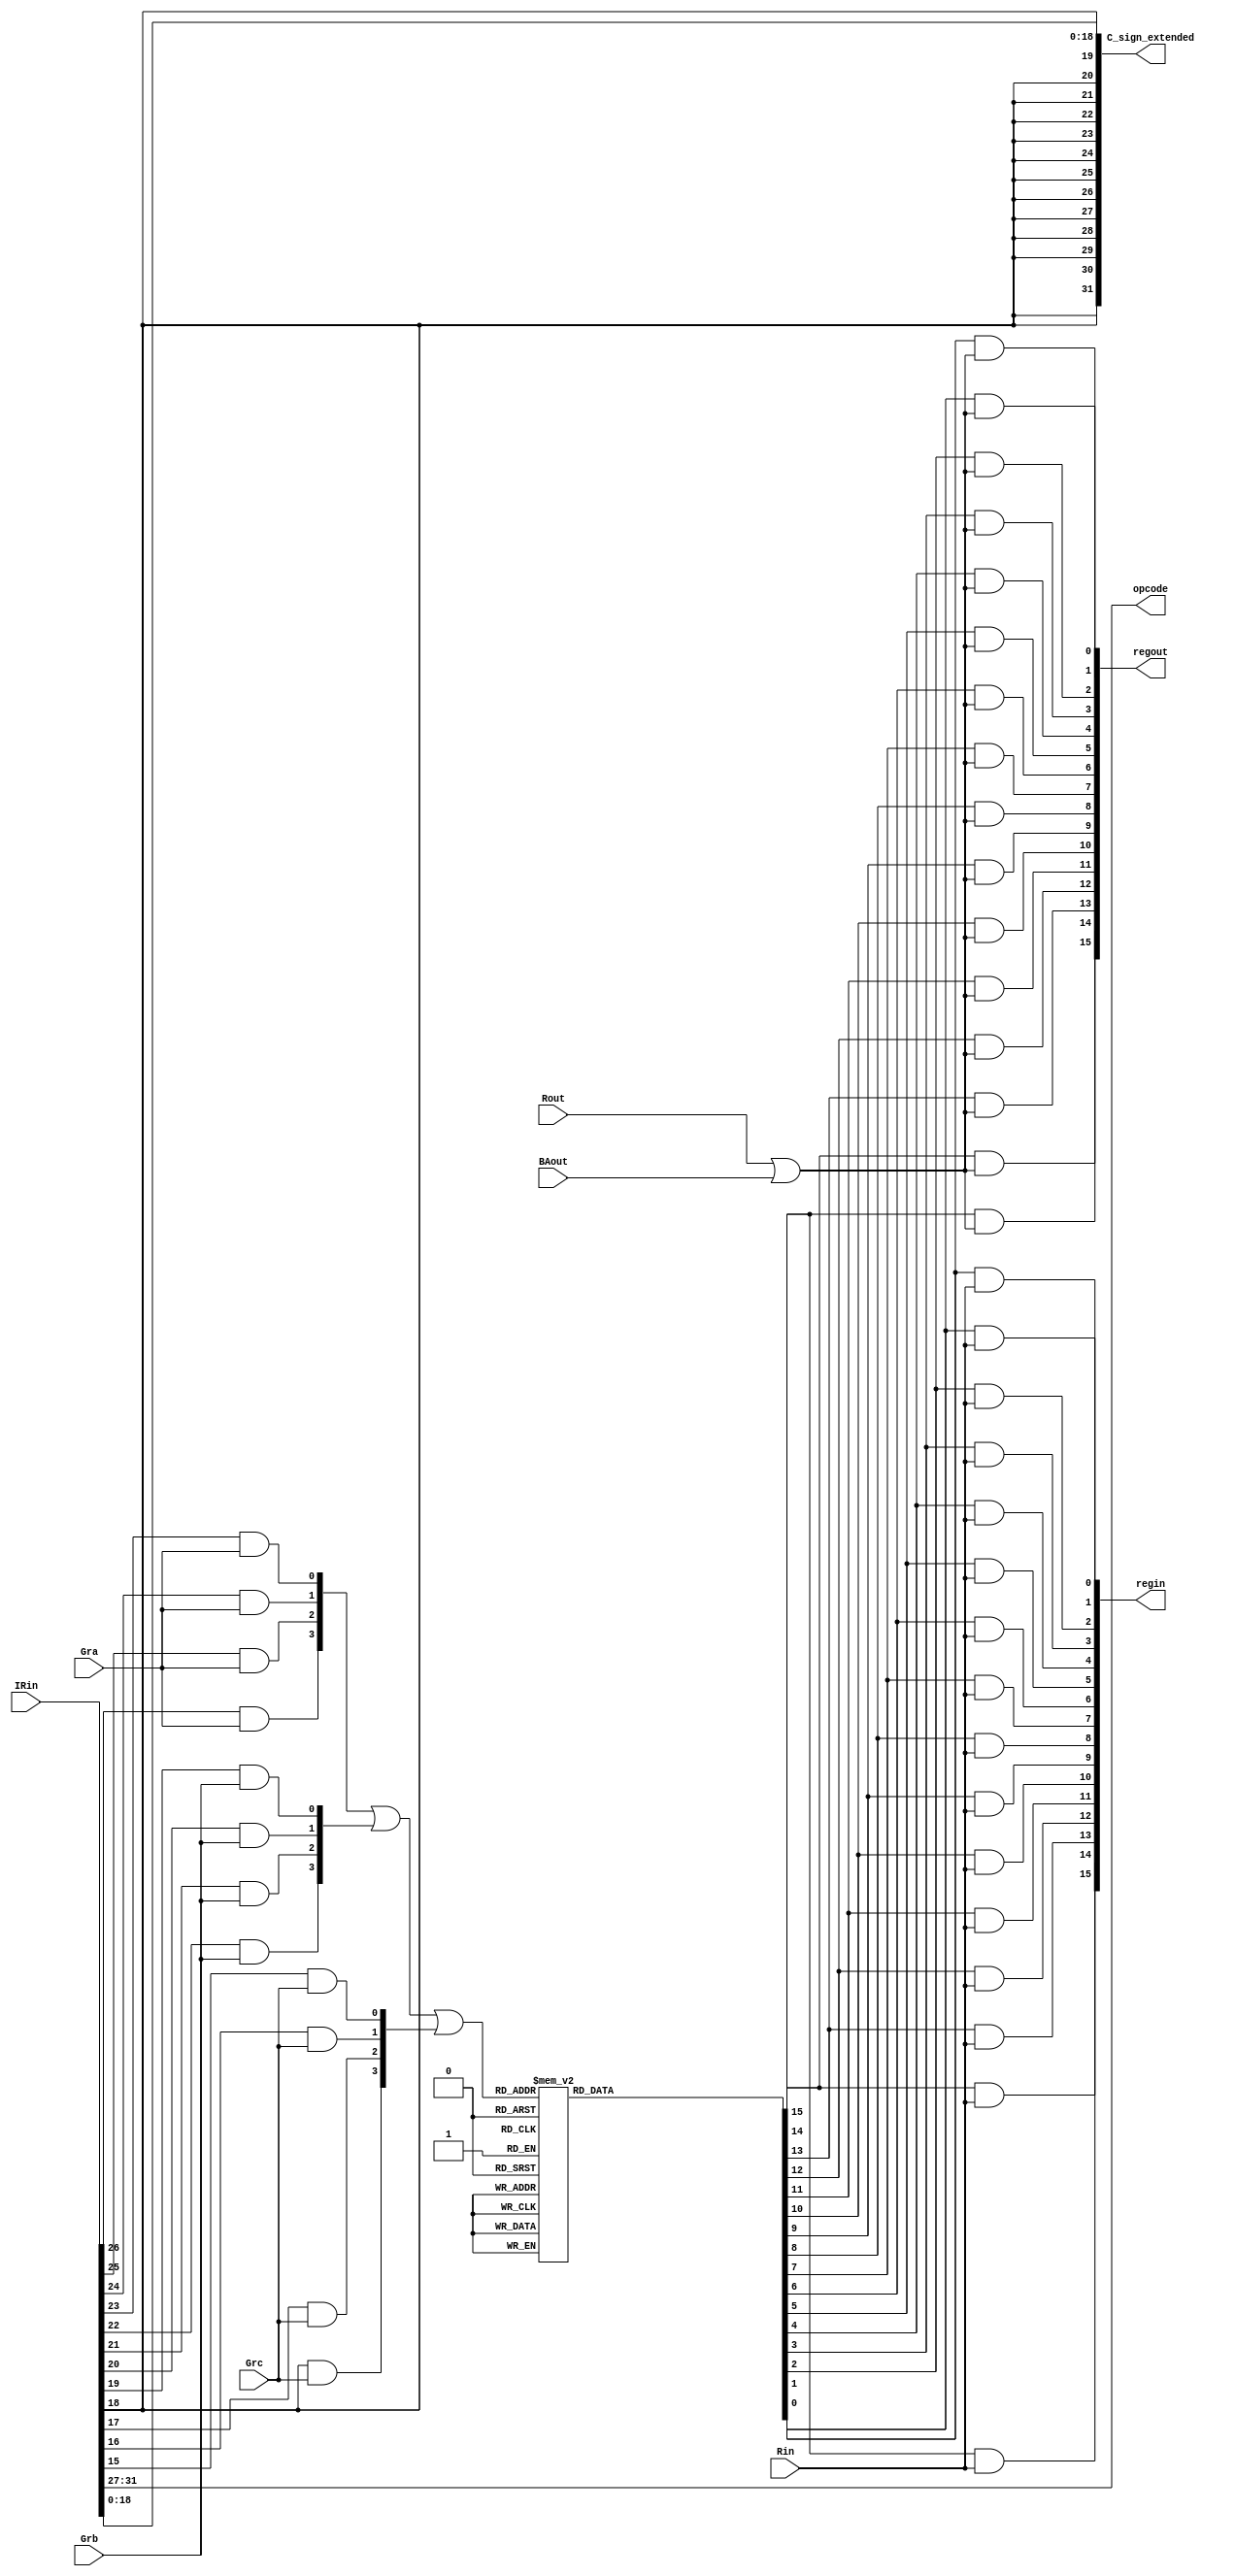
module select_and_encode(
 input [31:0] IRin,		//instruction
 input Gra, Grb, Grc, Rin, Rout, BAout, 
 output [4:0] opcode,
 output [15:0] regin, regout,
 output [31:0] C_sign_extended
 );
 
 wire [3:0] a, b, c, out0;
 reg[16:0] out;
 
 assign a[3] = IRin[26] & Gra;
 assign a[2] = IRin[25] & Gra;
 assign a[1] = IRin[24] & Gra;
 assign a[0] = IRin[23] & Gra;

 assign b[3] = IRin[22] & Grb;
 assign b[2] = IRin[21] & Grb;
 assign b[1] = IRin[20] & Grb;
 assign b[0] = IRin[19] & Grb;
 
 assign c[3] = IRin[18] & Grc;
 assign c[2] = IRin[17] & Grc;
 assign c[1] = IRin[16] & Grc;
 assign c[0] = IRin[15] & Grc;
 
 assign out0 = a | b | c;
 
 always @ (*)
 begin
  case(out0)
	4'b0000 :  out = 16'b0000000000000001;
	4'b0001 :  out = 16'b0000000000000010;
	4'b0010 :  out = 16'b0000000000000100; 
	4'b0011 :  out = 16'b0000000000001000;
	4'b0100 :  out = 16'b0000000000010000;
	4'b0101 :  out = 16'b0000000000100000;
	4'b0110 :  out = 16'b0000000001000000;
	4'b0111 :  out = 16'b0000000010000000;
	4'b1000 :  out = 16'b0000000100000000;
	4'b1001 :  out = 16'b0000001000000000;
	4'b1010 :  out = 16'b0000010000000000;
	4'b1011 :  out = 16'b0000100000000000;
	4'b1100 :  out = 16'b0001000000000000;
	4'b1101 :  out = 16'b0010000000000000;
	4'b1110 :  out = 16'b0100000000000000;
	4'b1111 :  out = 16'b1000000000000000;
   default :  out = 16'bx;
 endcase
 end
	 assign regout[15] = out[15] & (Rout | BAout);
	 assign regout[14] = out[14] & (Rout | BAout);
	 assign regout[13] = out[13] & (Rout | BAout);
	 assign regout[12] = out[12] & (Rout | BAout);
	 assign regout[11] = out[11] & (Rout | BAout);
	 assign regout[10] = out[10] & (Rout | BAout);
	 assign regout[9] = out[9] & (Rout | BAout);	
	 assign regout[8] = out[8] & (Rout | BAout);
	 assign regout[7] = out[7] & (Rout | BAout);
	 assign regout[6] = out[6] & (Rout | BAout);
	 assign regout[5] = out[5] & (Rout | BAout);
	 assign regout[4] = out[4] & (Rout | BAout);
	 assign regout[3] = out[3] & (Rout | BAout);
	 assign regout[2] = out[2] & (Rout | BAout); 
	 assign regout[1] = out[1] & (Rout | BAout);
	 assign regout[0] = out[0] & (Rout | BAout); 
	 
	 assign regin[15] = out[15] & Rin;
	 assign regin[14] = out[14] & Rin;
	 assign regin[13] = out[13] & Rin;
	 assign regin[12] = out[12] & Rin;
	 assign regin[11] = out[11] & Rin;
	 assign regin[10] = out[10] & Rin;
	 assign regin[9] = out[9] & Rin;
	 assign regin[8] = out[8] & Rin;
	 assign regin[7] = out[7] & Rin;
	 assign regin[6] = out[6] & Rin;
	 assign regin[5] = out[5] & Rin;
	 assign regin[4] = out[4] & Rin;
	 assign regin[3] = out[3] & Rin;
	 assign regin[2] = out[2] & Rin;
	 assign regin[1] = out[1] & Rin;
	 assign regin[0] = out[0] & Rin;
	 
	 assign opcode = IRin[31:27];
	 
	 assign C_sign_extended = {{13{IRin[18]}},IRin[18:0]};
endmodule